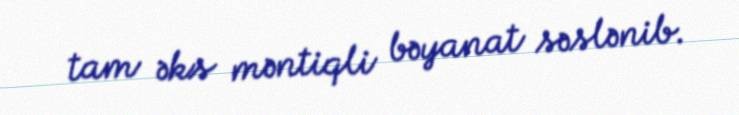
tam əks məntiqli bəyanat səslənib.